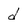
Character: d